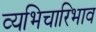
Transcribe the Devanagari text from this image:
व्यभिचारिभाव